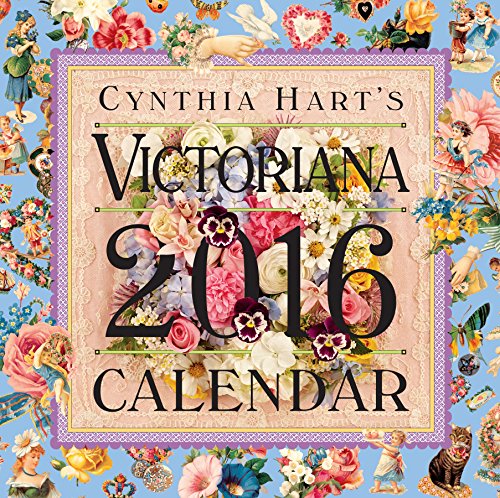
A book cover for Cynthia Hart's Victoriana Wall Calendar 2016; Workman Publishing; Calendars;